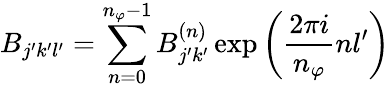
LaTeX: B_{j^{\prime}k^{\prime}l^{\prime}}=\sum_{n=0}^{n_{\varphi}-1}B_{j^{\prime}k^{\prime}}^{(n)}\exp{\left(\frac{2\pi i}{n_{\varphi}}nl^{\prime}\right)}